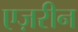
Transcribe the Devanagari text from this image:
एज़रीन